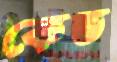
কেভ